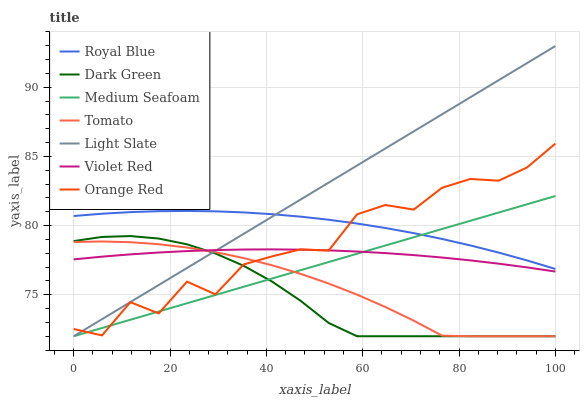
| xaxis_label | Royal Blue | Dark Green | Medium Seafoam | Tomato | Light Slate | Violet Red | Orange Red |
 | --- | --- | --- | --- | --- | --- | --- | --- |
 | 0 | 80.7 | 78.9 | 72 | 78.8 | 72 | 77.6 | 72.5 |
 | 5.88 | 80.9 | 79.2 | 72.6 | 78.9 | 73.2 | 77.8 | 72.1 |
 | 11.8 | 81 | 79.2 | 73.2 | 78.8 | 74.5 | 77.9 | 74.5 |
 | 17.6 | 81 | 79.1 | 73.8 | 78.7 | 75.7 | 78.1 | 73.6 |
 | 23.5 | 81.1 | 78.6 | 74.4 | 78.4 | 76.9 | 78.2 | 75.9 |
 | 29.4 | 81 | 78 | 75 | 78.1 | 78.2 | 78.2 | 75 |
 | 35.3 | 81 | 77.1 | 75.6 | 77.7 | 79.4 | 78.3 | 77.2 |
 | 41.2 | 80.8 | 76 | 76.2 | 77.1 | 80.6 | 78.3 | 77.8 |
 | 47.1 | 80.6 | 74.6 | 76.8 | 76.5 | 81.9 | 78.3 | 78.3 |
 | 52.9 | 80.4 | 73 | 77.4 | 75.8 | 83.1 | 78.2 | 78.2 |
 | 58.8 | 80.1 | 72 | 78 | 75 | 84.3 | 78.1 | 80.8 |
 | 64.7 | 79.8 | 72 | 78.6 | 74.1 | 85.6 | 78 | 81.5 |
 | 70.6 | 79.5 | 72 | 79.2 | 73.1 | 86.8 | 77.9 | 81.2 |
 | 76.5 | 79 | 72 | 79.8 | 72 | 88 | 77.7 | 82.7 |
 | 82.4 | 78.6 | 72 | 80.3 | 72 | 89.3 | 77.5 | 83.4 |
 | 88.2 | 78 | 72 | 80.9 | 72 | 90.5 | 77.2 | 83.2 |
 | 94.1 | 77.5 | 72 | 81.5 | 72 | 91.7 | 77 | 84.2 |
 | 100 | 76.9 | 72 | 82.1 | 72 | 93 | 76.7 | 85.9 |